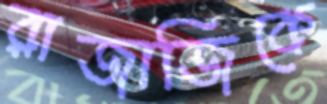
রাজাজিকে